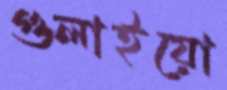
গুলাইয়ো